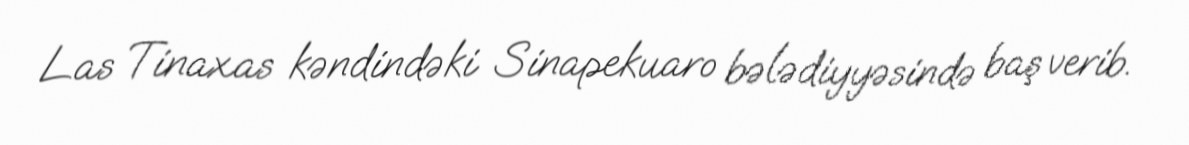
Las Tinaxas kəndindəki Sinapekuaro bələdiyyəsində baş verib.